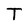
Character: T